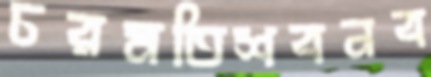
চরমতিশবনব